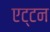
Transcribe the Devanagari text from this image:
एट्टन